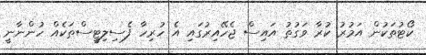
ކޯޓުތަކުން އަމުރު ކުރާ ވަގުތު އައިސް ޖެހޭއިރުގައި އެ ހުރިހާ ފެސިލިޓީސްތަކެއް ހުންނާނީ